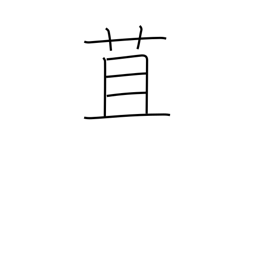
Meaning: straw wrapper